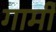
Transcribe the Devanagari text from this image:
गार्मी